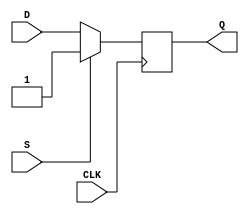
module synchronous_d_ff (
    input wire D,
    input wire CLK,
    input wire S,
    output reg Q
);

always @(posedge CLK) begin
    if (S) begin
        Q <= 1'b1; // force output Q to set value
    end else begin
        Q <= D; // store value of D when clock transitions from low to high
    end
end

endmodule